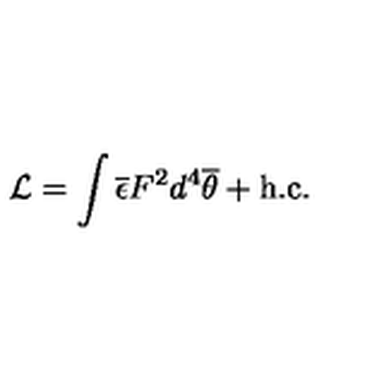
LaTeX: { \cal L } = \int \overline { { \epsilon } } F ^ { 2 } d ^ { 4 } \overline { { \theta } } + \mathrm { h . c . }